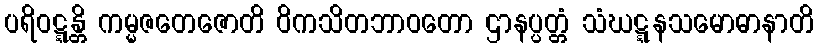
ပရိဝဋ္ဋန္တိ ကမ္မဇတေဇောတိ ဝိကသိတဘာဝတော ဌာနပ္ပတ္တံ သံဃဋ္ဋနသမောဓာနာတိ